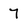
Character: 7